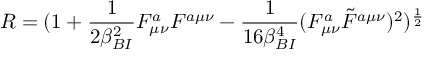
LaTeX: R = ( 1 + { \frac { 1 } { 2 \beta _ { B I } ^ { 2 } } } F _ { \mu \nu } ^ { a } F ^ { a \mu \nu } - { \frac { 1 } { 1 6 \beta _ { B I } ^ { 4 } } } ( F _ { \mu \nu } ^ { a } \tilde { F } ^ { a \mu \nu } ) ^ { 2 } ) ^ { \frac { 1 } { 2 } }